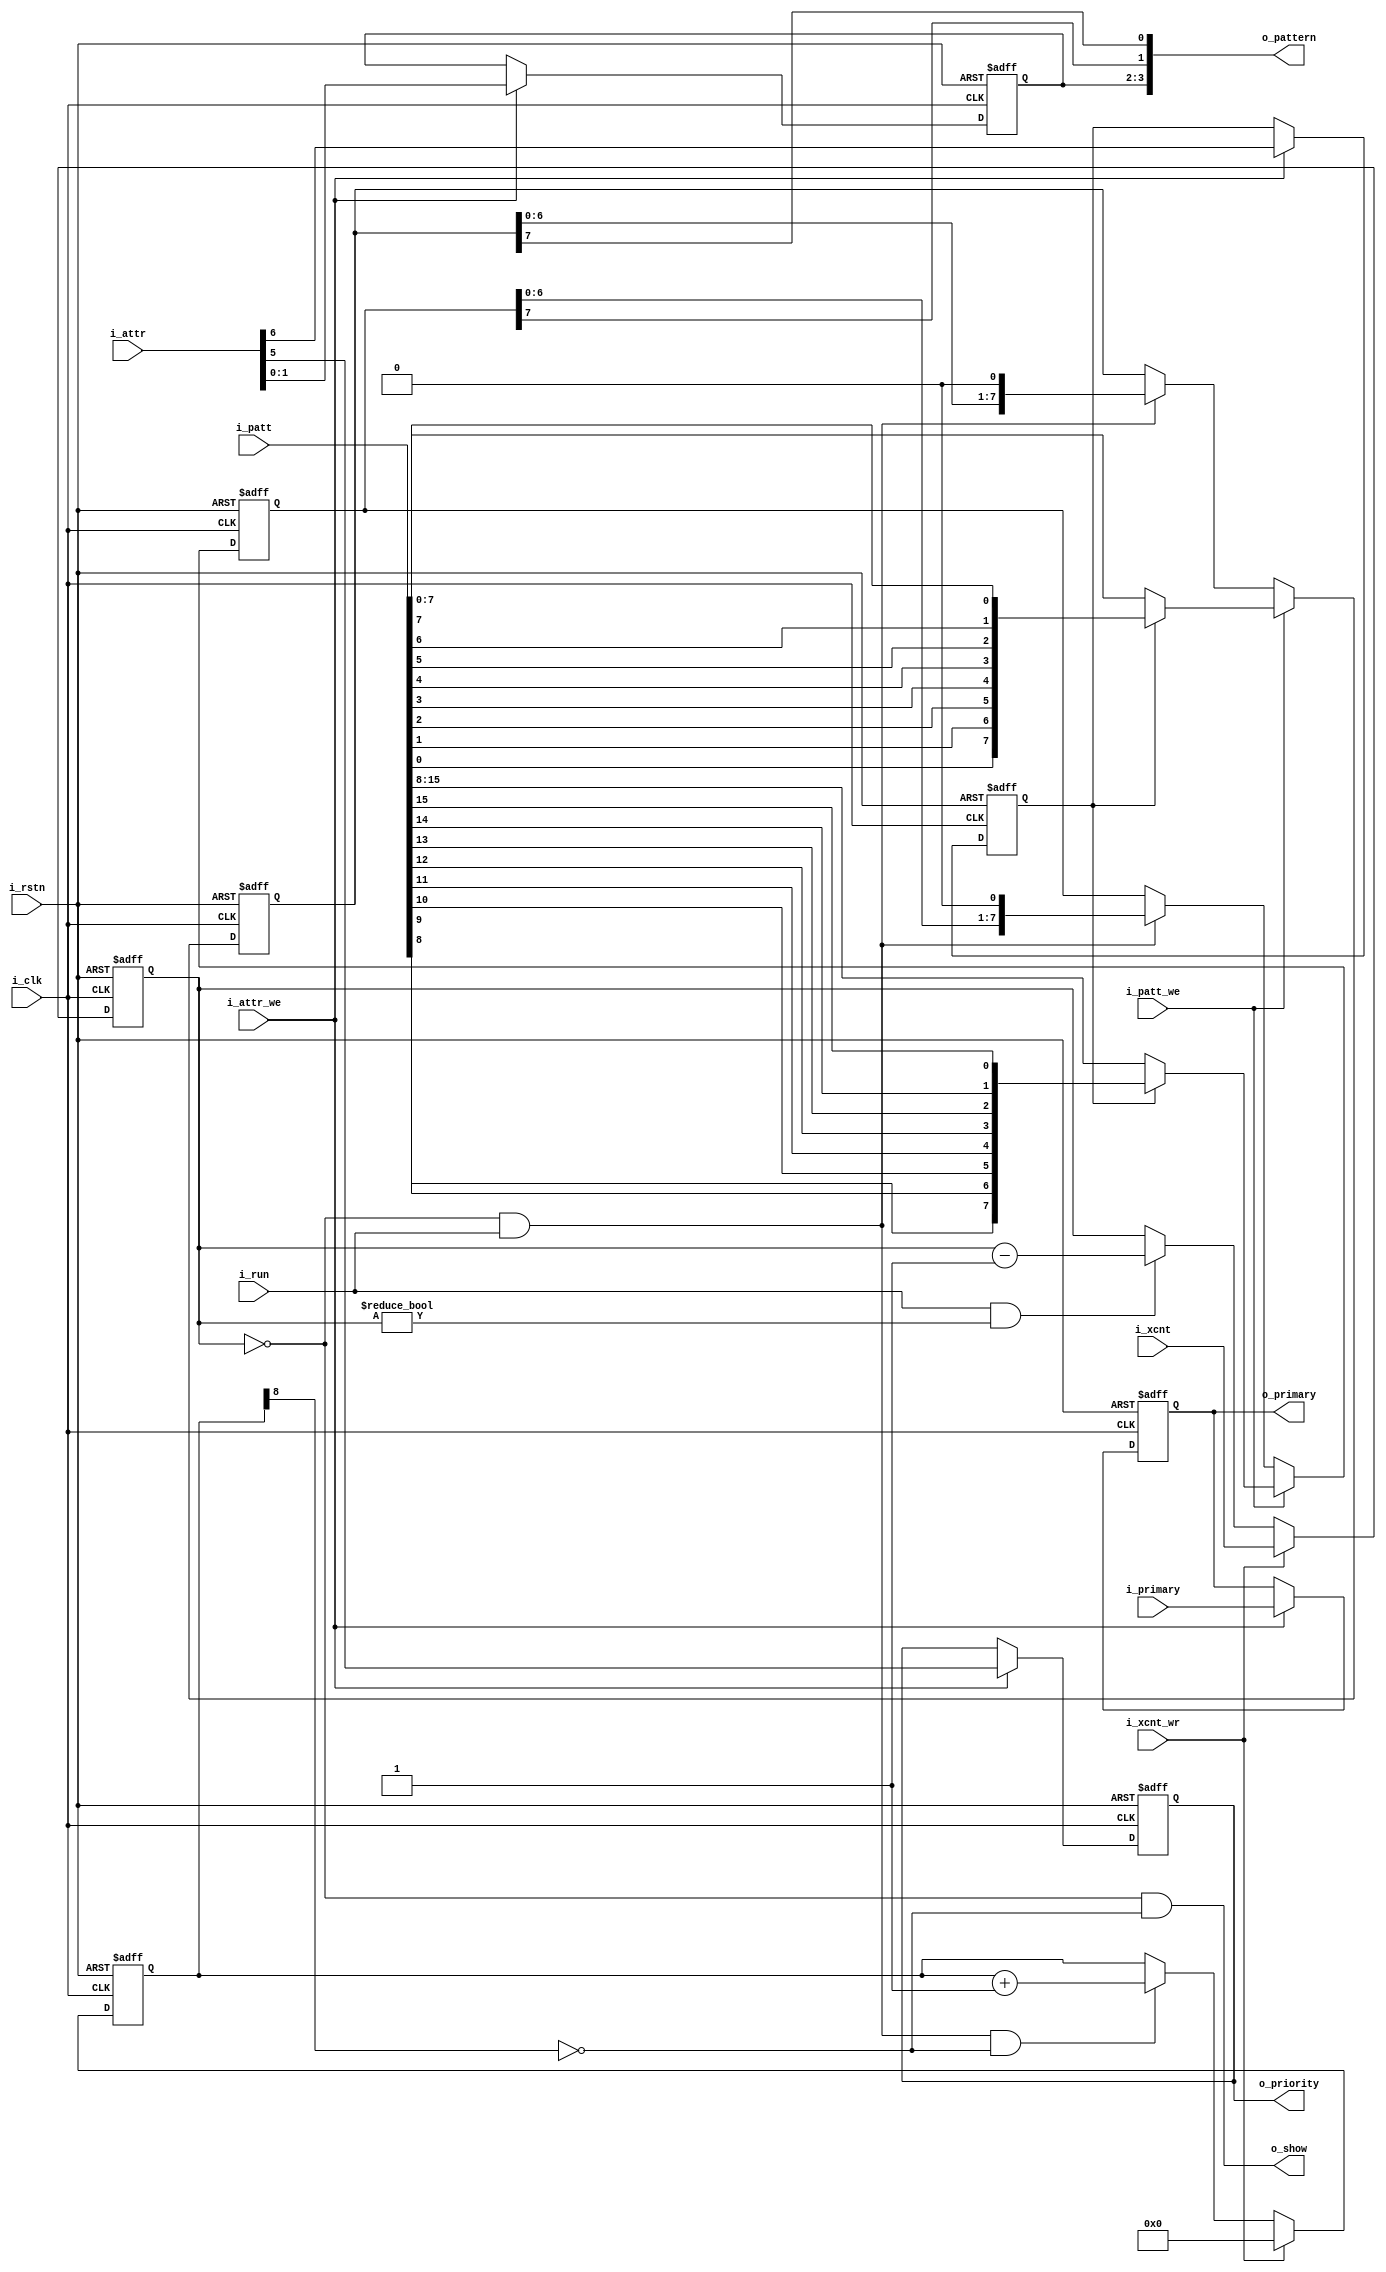
module ppu_spr_ppl(
    input           i_clk       ,
    input           i_rstn      ,
    input           i_primary   ,
    input [7:0]     i_xcnt      ,
    input           i_xcnt_wr   ,
    input [7:0]     i_attr      ,
    input           i_attr_we   ,
    input [15:0]    i_patt      ,
    input           i_patt_we   ,
    input           i_run       ,
    output          o_primary   ,
    output          o_priority  ,//0 in front of background, 1 behind
    output[3:0]     o_pattern   ,
    output          o_show      
    
);

reg [7:0]  r_xcnt;
reg [1:0]  r_paletteH;
reg        r_priority;
reg        r_mirrorX;
reg [7:0]  r_pt_H;
reg [7:0]  r_pt_L;
reg [8:0]  r_show_cnt;
reg        r_primary;



// attribute
always @ (posedge i_clk or negedge i_rstn) begin
    if(~i_rstn) begin
        r_paletteH <= 2'h0;
        r_priority <= 1'b0;
        r_mirrorX <= 1'b0;
        r_primary <= 1'b0;
    end
    else begin
        if(i_attr_we) begin
            r_paletteH <= i_attr[1:0];
            r_priority <= i_attr[5];
            r_mirrorX <= i_attr[6];
            r_primary <= i_primary;
        end
    end
end

//xcounter
always @ ( posedge i_clk or negedge i_rstn) begin
    if(~i_rstn) begin
        r_xcnt <= 8'h0;
    end
    else begin
        if(i_xcnt_wr)
            r_xcnt <= i_xcnt;
        else if (i_run & (r_xcnt!=0))
            r_xcnt <= r_xcnt - 8'h1;
    end
end

//output counter
always @ ( posedge i_clk or negedge i_rstn) begin
    if(~i_rstn) begin
        r_show_cnt <= 9'h0;
    end
    else begin
        if(i_xcnt_wr)
            r_show_cnt <= 9'h0;
        else if((r_xcnt==8'h0) & i_run & ~r_show_cnt[8]) begin
            r_show_cnt <= r_show_cnt + 9'h1;
        end
    end
end

//pattern table
always @ ( posedge i_clk or negedge i_rstn) begin
    if(~i_rstn) begin
        {r_pt_H, r_pt_L} <= 16'h0;
    end
    else begin
        if(i_patt_we) begin
            if(r_mirrorX) begin
                r_pt_H <= {i_patt[8], i_patt[9], i_patt[10], i_patt[11], i_patt[12], i_patt[13], i_patt[14], i_patt[15]};
                r_pt_L <= {i_patt[0], i_patt[1], i_patt[2], i_patt[3], i_patt[4], i_patt[5], i_patt[6], i_patt[7]};
            end
            else begin
                r_pt_H <= i_patt[15:8];
                r_pt_L <= i_patt[7:0];
            end
        end
        else if(i_run & (r_xcnt==8'h0)) begin
            r_pt_H <= {r_pt_H[6:0], 1'b0};
            r_pt_L <= {r_pt_L[6:0], 1'b0};
        end
    end
end

//output
assign o_priority  = r_priority;
assign o_pattern = {r_paletteH, r_pt_H[7], r_pt_L[7]};
assign o_show = (r_xcnt==8'h0) & ~r_show_cnt[8];
assign o_primary = r_primary;

endmodule